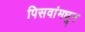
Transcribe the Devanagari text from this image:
पिसवांमधून